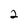
Character: 2